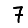
Digit: 7